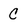
Character: C